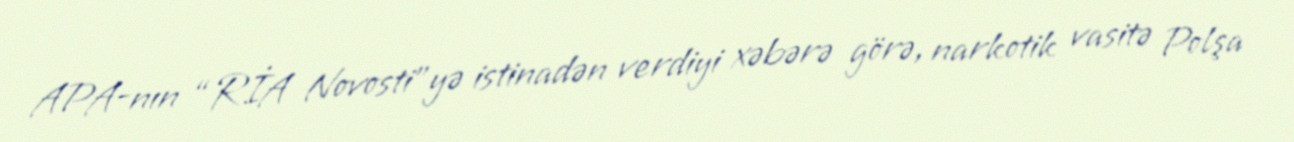
APA-nın “RİA Novosti”yə istinadən verdiyi xəbərə görə, narkotik vasitə Polşa